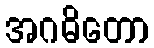
အဂဓိတော